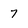
Character: 7